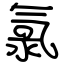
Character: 氯